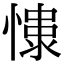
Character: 𢠮